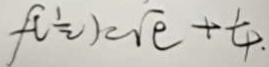
f ( \frac { 1 } { 2 } ) = \sqrt { e } + \frac { 1 } { 4 }